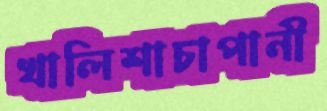
খালিশাচাপানী